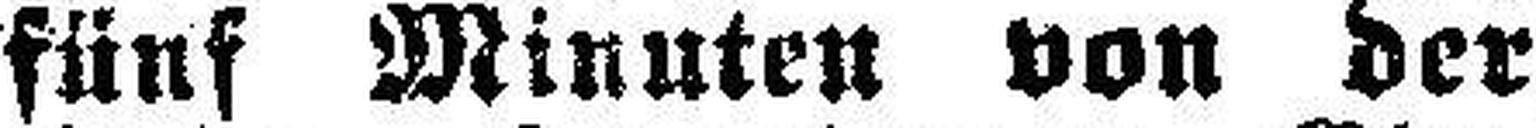
fünf Minuten von der